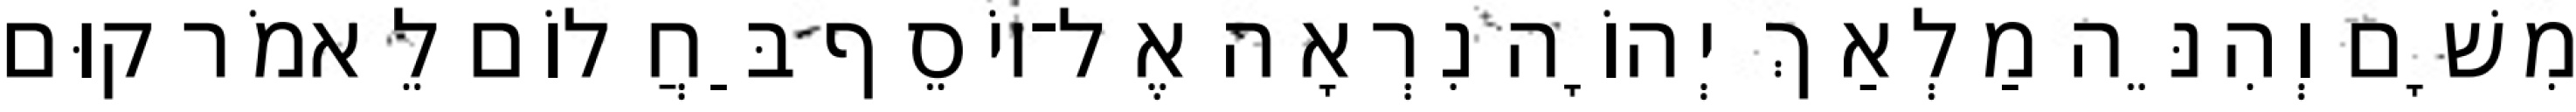
מִשָׁם וְהִנֵּה מַלְאַךְ יְהוָֹה נִרְאָה אֶל־יוֹסֵף בַּחֲלוֹם לֵאמֹר קוּם